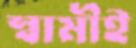
স্বামীই